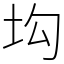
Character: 㘬